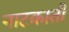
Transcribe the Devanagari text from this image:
नाटकाती